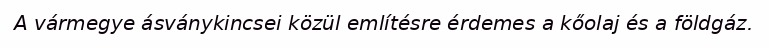
A vármegye ásványkincsei közül említésre érdemes a kőolaj és a földgáz.